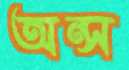
অন্স